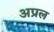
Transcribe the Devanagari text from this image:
अप्रल